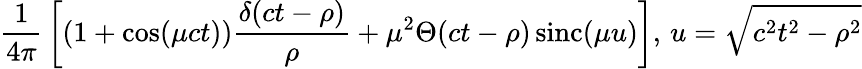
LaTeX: {\frac{1}{4\pi}}\left[(1+\cos(\mu ct)){\frac{\delta(ct-\rho)}{\rho}}+\mu^{2}\Theta(ct-\rho)\operatorname{sinc}(\mu u)\right],\, u={\sqrt{c^{2}t^{2}-\rho^{2}}}